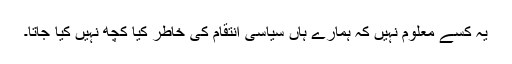
یہ کسے معلوم نہیں کہ ہمارے ہاں سیاسی انتقام کی خاطر کیا کچھ نہیں کیا جاتا۔